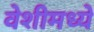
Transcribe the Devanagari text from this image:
वेशीमध्ये